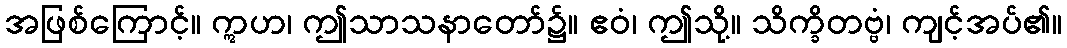
အဖြစ်ကြောင့်။ ဣဟ၊ ဤသာသနာတော်၌။ ဧဝံ၊ ဤသို့။ သိက္ခိတဗ္ဗံ၊ ကျင့်အပ်၏။